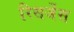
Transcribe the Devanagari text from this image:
रिसर्जेस